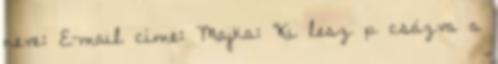
neve: E-mail címe: Majka: "Ki lesz p csázva a